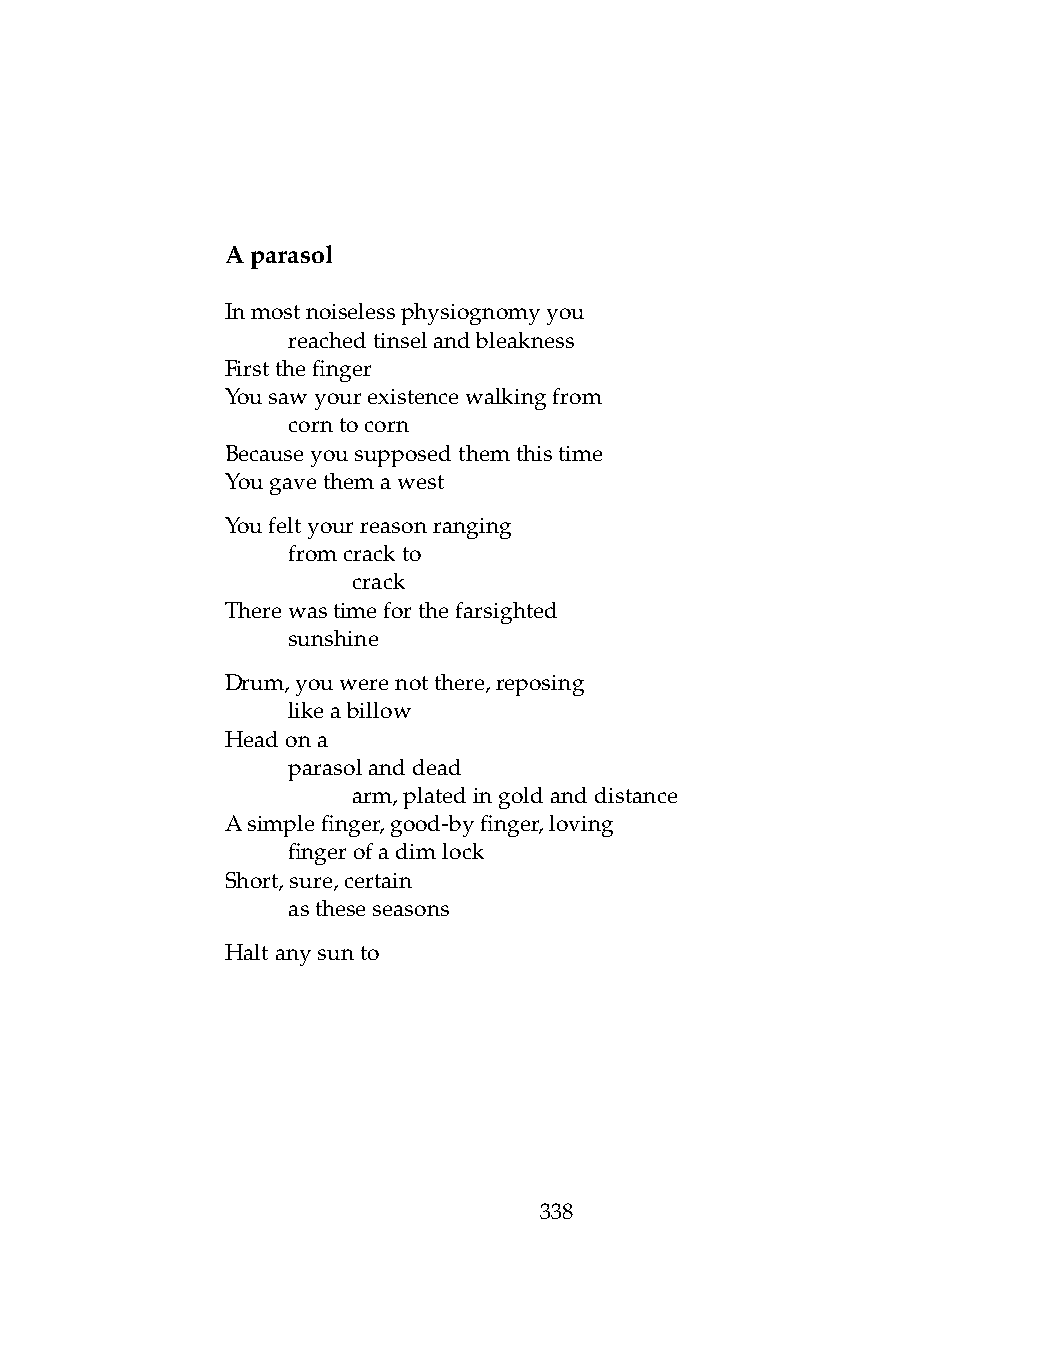
Aparasol
 Inmostnoiselessphysiognomyyou
 .   reachedtinselandbleakness
 Firstthefinger
 Yousawyourexistencewalkingfrom
 .   corntocorn
 Becauseyousupposedthemthistime
 Yougavethemawest
 Youfeltyourreasonranging
 .   fromcrackto
 .   .   crack
 Therewastimeforthefarsighted
 .   sunshine
 Drum,youwerenotthere,reposing
 .   likeabillow
 Headona
 .   parasolanddead
 .   .   arm,platedingoldanddistance
 Asimplefinger,good-byfinger,loving
 .   fingerofadimlock
 Short,sure,certain
 .   astheseseasons
 Haltanysunto
 338